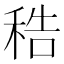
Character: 𥞴